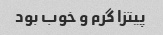
پیتزا گرم و خوب بود